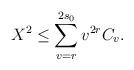
LaTeX: \begin{align*} X^2 \le \sum_{v=r}^{2s_0} v^{2r} C_v.\end{align*}